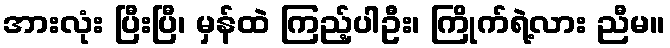
အားလုံး ပြီးပြီ၊ မှန်ထဲ ကြည့်ပါဦး၊ ကြိုက်ရဲ့လား ညီမ။